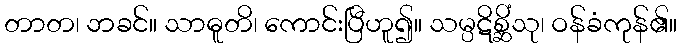
တာတ၊ ဘခင်။ သာဓူတိ၊ ကောင်းပြီဟူ၍။ သမ္ပဋိစ္ဆိံသု၊ ဝန်ခံကုန်၏။